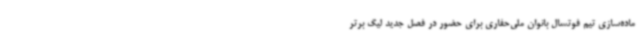
ماده‌سازی تیم فوتسال بانوان ملی‌حفاری برای حضور در فصل جدید لیگ برتر